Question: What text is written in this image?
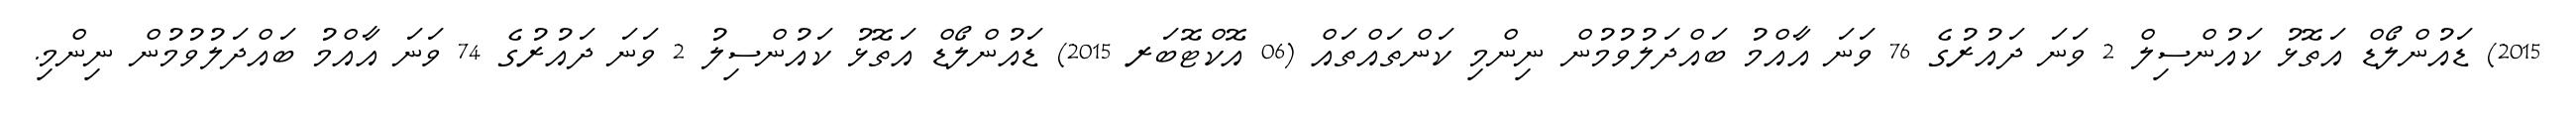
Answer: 2015) ޑައުންލޯޑް އަތޮޅު ކައުންސިލް 2 ވަނަ ދައުރުގެ 76 ވަނަ އާއްމު ބައްދަލުވުމުން ނިންމި ކަންތައްތައް (06 އޮކްޓޮބަރ 2015) ޑައުންލޯޑް އަތޮޅު ކައުންސިލު 2 ވަނަ ދައުރުގެ 74 ވަނަ އާއްމު ބައްދަލުވުމުން ނިންމި.